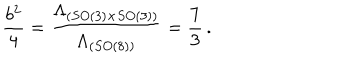
\frac { b ^ { 2 } } { 4 } = \frac { \Lambda _ { ( S O ( 3 ) \times S O ( 3 ) ) } } { \Lambda _ { ( S O ( 8 ) ) } } = \frac { 7 } { 3 } \, .